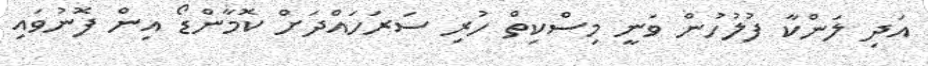
އަދި ލަންކާ ފުލުހުން ވަނީ މިސްކިތް ހުރި ސަރަހައްދަށް ކޮމާންޑޯ އިން ފޮނުވައި